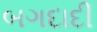
બગદાદી